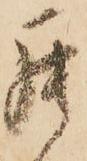
罷